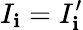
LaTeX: I_{\mathbf{i}}=I_{\mathbf{i}}^{\prime}